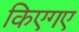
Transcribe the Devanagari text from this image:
किएगए